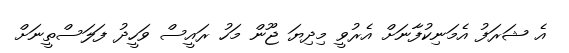
އެ ޝަރަފު އެމަނިކުފާނަށް އެރުވީ މިދިޔަ ޖޫން މަހު ރައީސް ވަހީދު ފަލަސްތީނަށް